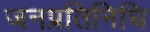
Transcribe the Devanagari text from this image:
जनप्रतिनिघि